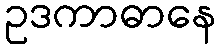
ဥဒကာဓာနေ